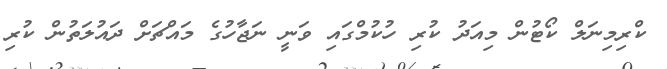
ކްރިމިނަލް ކޯޓުން މިއަދު ކުރި ހުކުމްގައި ވަނީ ނަޖާހުގެ މައްޗަށް ދައުލަތުން ކުރި